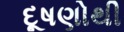
દૂષણોથી